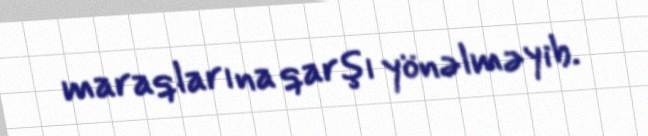
maraqlarına qarşı yönəlməyib.